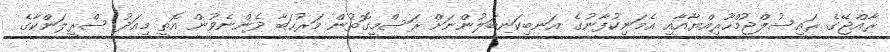
ރާއްޖޭގެ ރައީސުލްޖުމްހޫރިއްޔާއާއި އެމަނިކުފާނުގެ އަނބިކަނބަލުންނަށް ރަސްމީގޮތުން މަރުޙަބާ ދެންނެވުން އޮތީ މިއަދު ސްރީލަންކާގެ